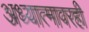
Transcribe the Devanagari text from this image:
अध्यात्मावरही